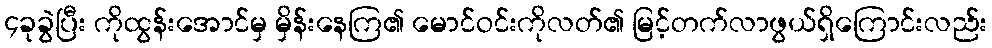
၄ခုခွဲပြီး ကိုထွန်းအောင်မှ မှိန်းနေကြ၏ မောင်ဝင်းကိုလတ်၏ မြင့်တက်လာဖွယ်ရှိကြောင်းလည်း